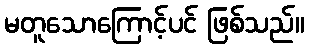
မတူသောကြောင့်ပင် ဖြစ်သည်။